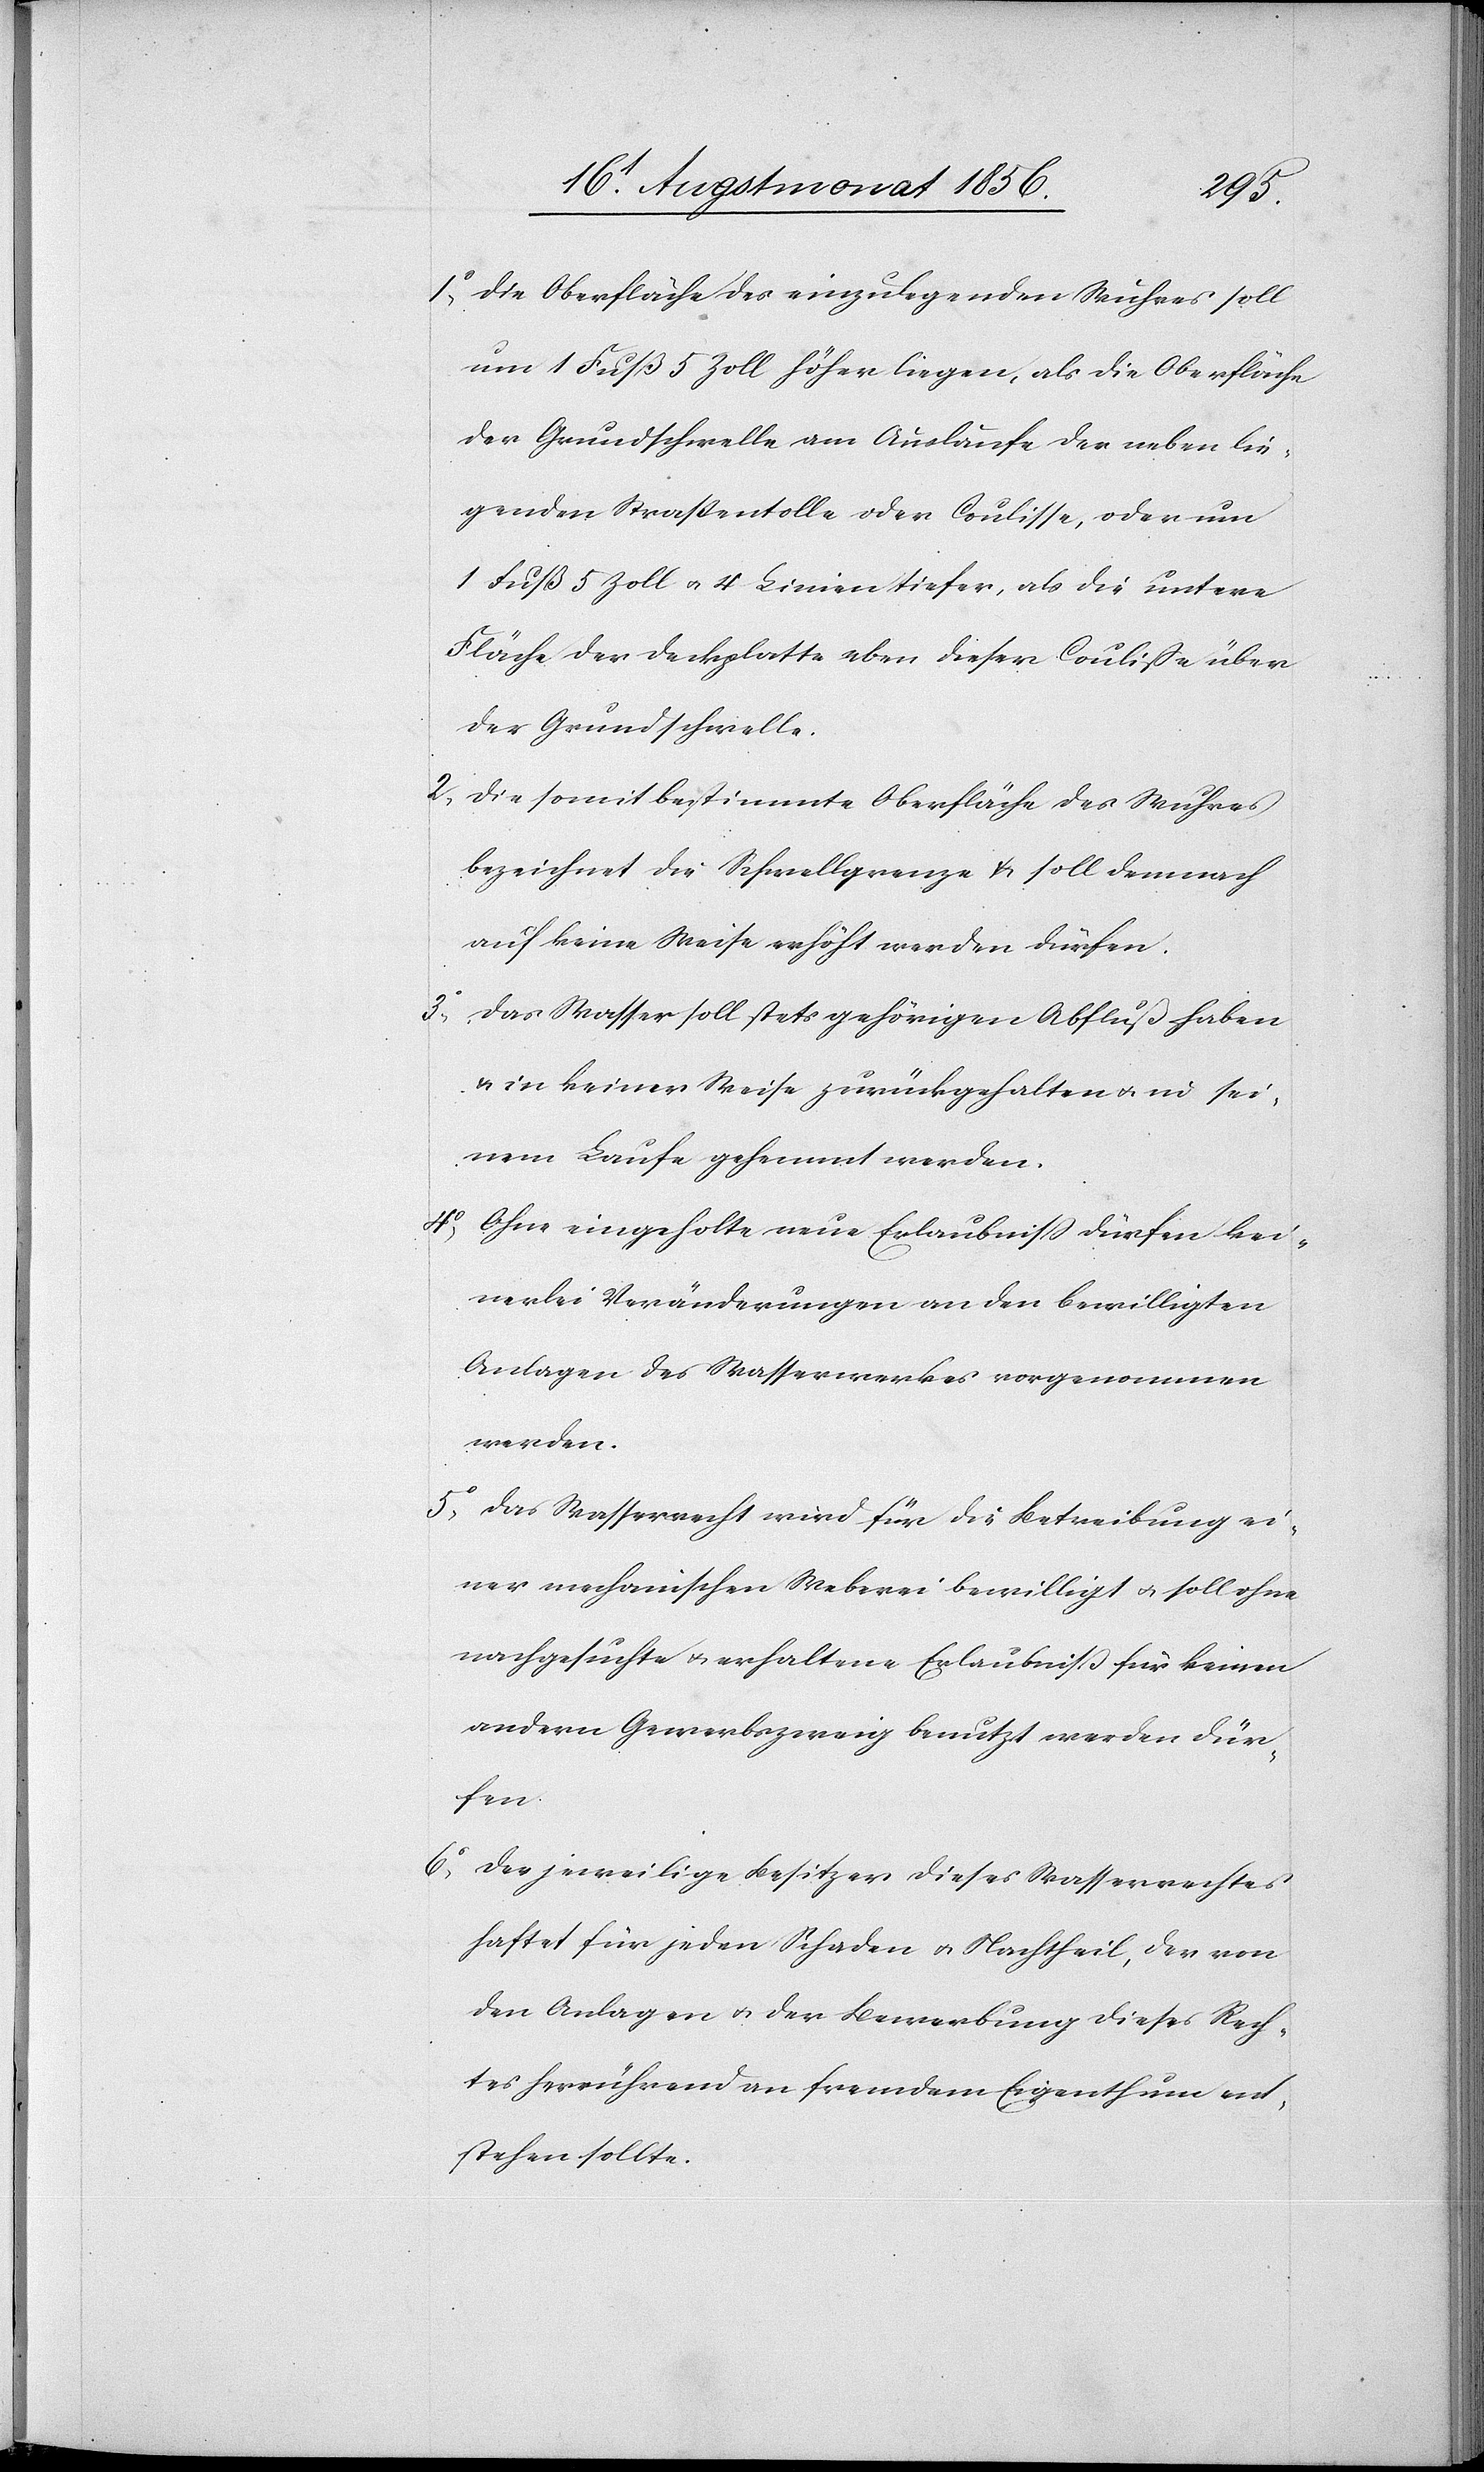
1) Die Oberfläche des einzulegenden Wuhres soll
um 1 Fuß 5 Zoll höher liegen, als die Oberfläche
der Grundschwelle am Auslaufe der neben lie¬
genden Straßentolle oder Coulisse, oder um
1 Fuß 5 Zoll u. 4 Linien tiefer, als die untere
Fläche der Deckplatte eben dieser Couliße über
der Grundschwelle.
2) Die somit bestimmte Oberfläche des Wuhres
bezeichnet die Schwellgrenze & soll demnach
auf keine Weise erhöht werden dürfen.
3) Das Wasser soll stets gehörigen Abfluß haben
u. in keiner Weise zurückgehalten u. in sei¬
nem Laufe gehemmt werden.
4) Ohne eingeholte neue Erlaubniss dürfen kei¬
nerlei Veränderungen an den bewilligten
Anlagen des Wasserwerkes vorgenommen
werden.
5) Das Wasserrecht wird für die Betreibung ei¬
ner mechanischen Weberei bewilligt u. soll ohne
nachgesuchte u. erhaltene Erlaubniss für keinen
andern Gewerbszweig benutzt werden dür¬
fen.
6) Der jeweilige Besitzer dieses Wasserrechtes
haftet für jeden Schaden u. Nachtheil, der von
den Anlagen u. der Bewerbung dieses Rech¬
tes herrührend an fremdem Eigenthum ent¬
stehen sollte.